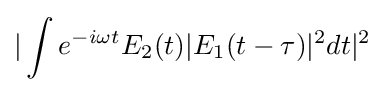
|\int e^{-i\omega t}E_{2}(t)|E_{1}(t-\tau )|^{2}dt|^{2}